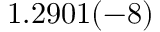
1 . 2 9 0 1 ( - 8 )